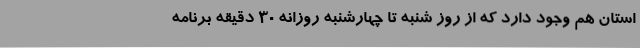
استان هم وجود دارد که از روز شنبه تا چهارشنبه روزانه 30 دقیقه برنامه